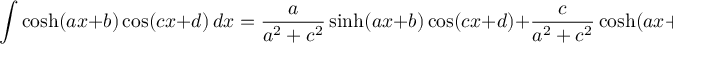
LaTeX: \int \cosh ( a x + b ) \cos ( c x + d ) \, d x = { \frac { a } { a ^ { 2 } + c ^ { 2 } } } \sinh ( a x + b ) \cos ( c x + d ) + { \frac { c } { a ^ { 2 } + c ^ { 2 } } } \cosh ( a x + b ) \sin ( c x + d ) + C